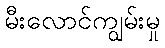
မီးလောင်ကျွမ်းမှု